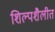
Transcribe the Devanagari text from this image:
शिल्पशैलीत